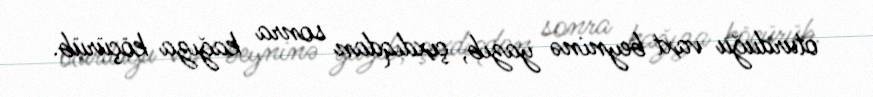
oturduğu vaxt beyninə yazıb, çıxdıqdan sonra kağıza köçürüb.